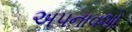
અપનાવશો